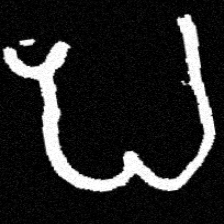
Pyu character \u2014 Myanmar letter: ပ (romanized: pa)